Civil Veterinary Dept. Bombay admin report 1893-99 - 1893-1899
Year: 1893
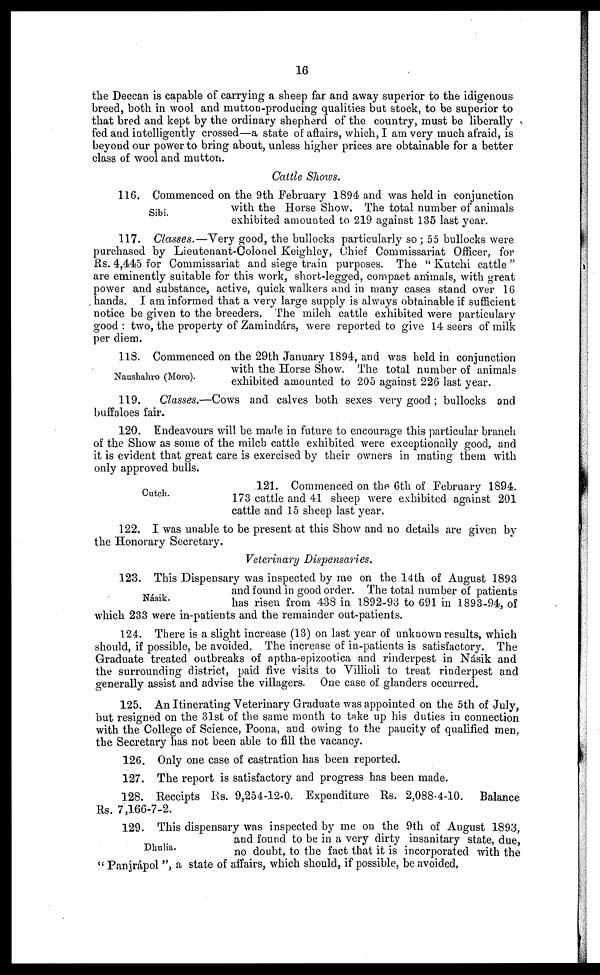
16
the Deccan is capable of carrying a sheep far and away superior to the idigenous
breed, both in wool and mutton-producing qualities but stock, to be superior to
that bred and kept by the ordinary shepherd of the country, must be liberally
fed and intelligently crossed—a state of affairs, which, I am very much afraid, is
beyond our power to bring about, unless higher prices are obtainable for a better
class of wool and mutton.
Cattle Shows.
Sibi.
116. Commenced on the 9th February 1894 and was held in conjunction
with the Horse Show. The total number of animals
exhibited amounted to 219 against 135 last year.
117. Classes.—Very good, the bullocks particularly so ; 55 bullocks were
purchased by Lieutenant-Colonel Keighley, Chief Commissariat Officer, for
Rs. 4,445 for Commissariat and siege train purposes. The "Kutchi cattle"
are eminently suitable for this work, short-legged, compact animals, with great
power and substance, active, quick walkers and in many cases stand over 16
hands. I am informed that a very large supply is always obtainable if sufficient
notice be given to the breeders. The milch cattle exhibited were particulary
good: two, the property of Zamindárs, were reported to give 14 seers of milk
per diem.
Naushahro (Moro).
118. Commenced on the 29th January 1894, and was held in conjunction
with the Horse Show. The total number of animals
exhibited amounted to 205 against 226 last year.
119.
Classes.—Cows and calves both sexes very good; bullocks and
buffaloes fair.
120. Endeavours will be made in future to encourage this particular branch
of the Show as some of the milch cattle exhibited were exceptionally good, and
it is evident that great care is exercised by their owners in mating them with
only approved bulls.
Cutch.
121. Commenced on the 6th of February 1894.
173 cattle and 41 sheep were exhibited against 201
cattle and 15 sheep last year.
122. I was unable to be present at this Show and no details are given by
the Honorary Secretary.
Veterinary Dispensaries.
Nasik.
123. This Dispensary was inspected by me on the 14th of August 1893
and found in good order. The total number of patients
has risen from 438 in 1892-93 to 691 in 1893-94, of
which 233 were in-patients and the remainder out-patients.
124. There is a slight increase (13) on last year of unknown results, which
should, if possible, be avoided. The increase of in-patients is satisfactory. The
Graduate treated outbreaks of aptha-epizootica and rinderpest in Nasik and
the surrounding district, paid five visits to Villioli to treat rinderpest and
generally assist and advise the villagers. One case of glanders occurred.
125. An Itinerating Veterinary Graduate was appointed on the 5th of July,
but resigned on the 31st of the same month to take up his duties in connection
with the College of Science, Poona, and owing to the paucity of qualified men,
the Secretary has not been able to fill the vacancy.
126. Only one case of castration has been reported.
127. The report is satisfactory and progress has been made.
128. Receipts Rs. 9,254-12-0. Expenditure Rs. 2,088-4-10. Balance
Rs. 7,166-7-2.
Dhulia.
129. This dispensary was inspected by me on the 9th of August 1893,
and found to be in a very dirty insanitary state, due,
no doubt, to the fact that it is incorporated with the
"Panjrápol ", a state of affairs, which should, if possible, be avoided.